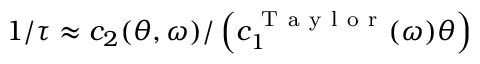
1 / \tau \approx c _ { 2 } ( \theta , \omega ) / \left( c _ { 1 } ^ { \mathrm { ~ T ~ a ~ y ~ l ~ o ~ r ~ } } ( \omega ) \theta \right)